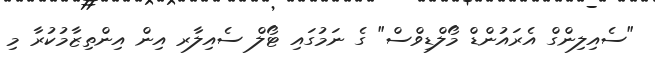
"ސެއިލިންގް އެރައުންޑް މޯލްޑިވްސް" ގެ ނަމުގައި ޓޯލް ސެއިލާރ އިން އިންތިޒާމުކުރާ މި